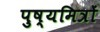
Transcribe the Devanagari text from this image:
पुष्यमित्रों